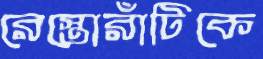
রেস্তোরাঁটিকে